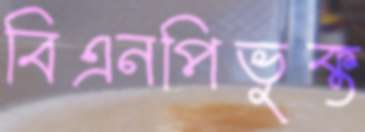
বিএনপিভুক্ত